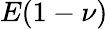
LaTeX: E(1-\nu)